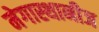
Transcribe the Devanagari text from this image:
मेगास्थानीज